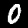
Label: 0